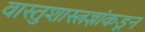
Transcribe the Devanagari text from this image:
वास्तुशास्त्रज्ञांकडून